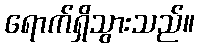
ရောက်ရှိသွားသည်။